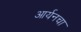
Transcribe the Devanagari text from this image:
आर्यनचा